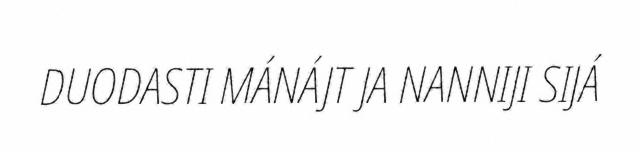
DUODASTI MÁNÁJT JA NANNIJI SIJÁ